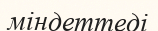
міндеттеді